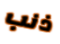
ذنب